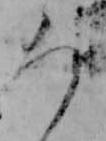
ろ